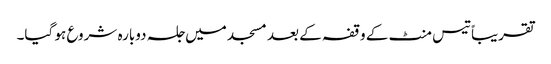
تقریباً تیس منٹ کے وقفہ کے بعد مسجد میں جلسہ دوبارہ شروع ہو گیا۔